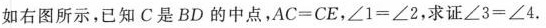
如右图所示，已知C是BD的中点，$$A C = C E$$，$$∠ 1 = ∠ 2$$，求证$$∠ 3 = ∠ 4$$.